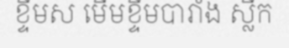
ខ្ទឹមស មើមខ្ទឹមបារាំង ស្លឹក